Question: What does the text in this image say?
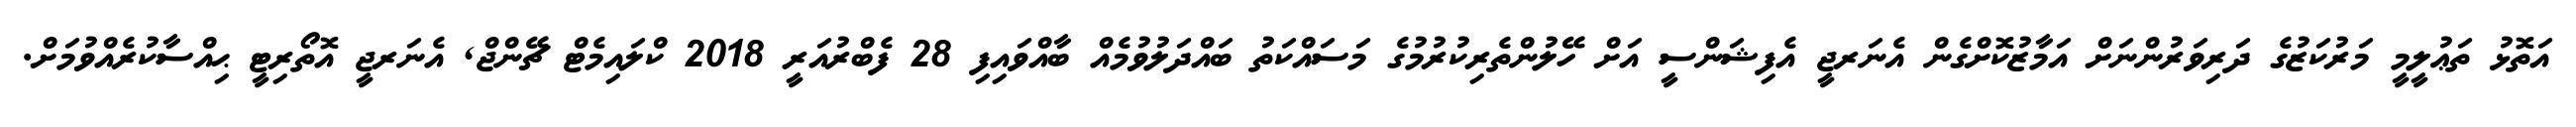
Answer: އަތޮޅު ތަޢުލީމީ މަރުކަޒުގެ ދަރިވަރުންނަށް އަމާޒުކޮށްގެން އެނަރޖީ އެފިޝަންސީ އަށް ހޭލުންތެރިކުރުމުގެ މަސައްކަތު ބައްދަލުވުމެއް ބާއްވައިފި 28 ފެބްރުއަރީ 2018 ކްލައިމެޓް ޗޭންޖް, އެނަރޖީ އޮތޯރިޓީ ޙިއްސާކުރެއްވުމަށް.